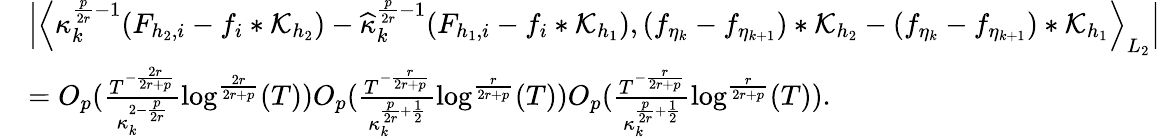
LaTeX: \begin{array}{rl}&{\Big|\Big\langle\kappa_{k}^{\frac{p}{2r}-1}(F_{{h_{2}},i}-f_{i}*\mathcal{K}_{h_{2}})-\widehat{\kappa}_{k}^{\frac{p}{2r}-1}(F_{{h_{1}},i}-f_{i}*\mathcal{K}_{h_{1}}),(f_{\eta_{k}}-f_{\eta_{k+1}})*\mathcal{K}_{h_{2}}-(f_{\eta_{k}}-f_{\eta_{k+1}})*\mathcal{K}_{h_{1}}\Big\rangle_{L_{2}}\Big|}\\ &{=O_{p}(\frac{T^{-\frac{2r}{2r+p}}}{\kappa_{k}^{2-\frac{p}{2r}}}\log^{\frac{2r}{2r+p}}(T))O_{p}(\frac{T^{-\frac{r}{2r+p}}}{\kappa_{k}^{\frac{p}{2r}+\frac{1}{2}}}\log^{\frac{r}{2r+p}}(T))O_{p}(\frac{T^{-\frac{r}{2r+p}}}{\kappa_{k}^{\frac{p}{2r}+\frac{1}{2}}}\log^{\frac{r}{2r+p}}(T)).}\end{array}